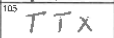
Transcription: TTX